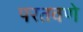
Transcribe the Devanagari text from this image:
परतवणे